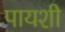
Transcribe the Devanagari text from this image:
पायशी